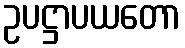
ဥပဋ္ဌာပယတော